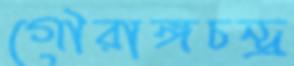
গৌরাঙ্গচন্দ্র